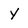
Character: y